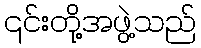
၎င်းတို့အဖွဲ့သည်